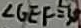
\angle G E F = 3 0